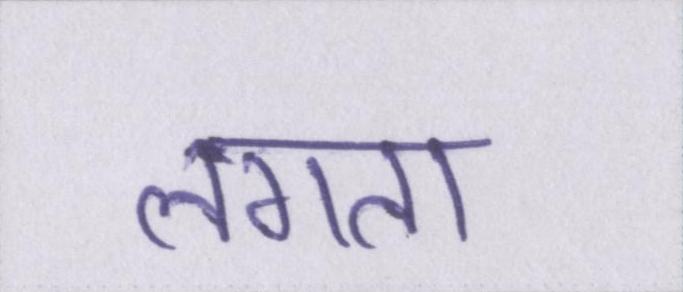
लगता